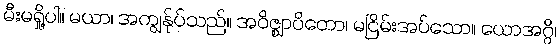
မီးမရှို့ပါ။ မယာ၊ အကျွန်ုပ်သည်။ အဝိဇ္ဈာပိတော၊ မငြိမ်းအပ်သော။ ယောအဂ္ဂိ၊